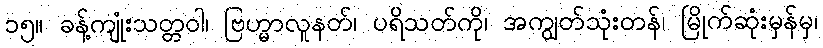
၁၅။ ခန့်ကျုံးသတ္တဝါ၊ ဗြဟ္မာလူနတ်၊ ပရိသတ်ကို၊ အကျွတ်သုံးတန်၊ မြိုက်ဆုံးမှန်မှ၊